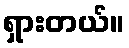
ရှားတယ်။